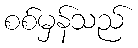
စစ်မှန်သည်